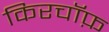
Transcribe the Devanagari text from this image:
किरचॉफ़